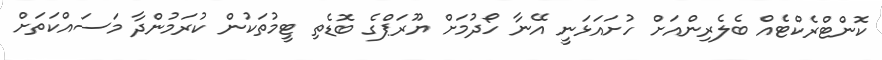
ކޮންޓްރެކްޓެއް ބެލެރިންއަށް ހުށައަޅަނީ އޭނާ ހޯދުމަށް ޔޫރަޕްގެ ބޮޑެތި ޓީމުތަކުން ކުރަމުންދާ މަސައްކަތަށް